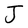
Character: J